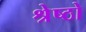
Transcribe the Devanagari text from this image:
श्रेष्ठो